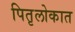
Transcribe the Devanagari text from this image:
पितृलोकात